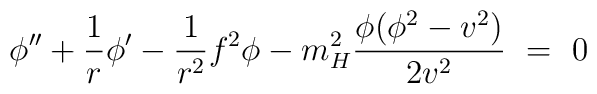
\phi''+\frac1r\phi'-\frac1{r^2}f^2\phi-m^2_H\frac{\phi(\phi^2-v^2)}{2v^2}\ =\ 0